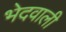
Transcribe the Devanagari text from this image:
भेदवाली